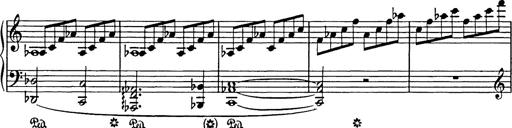
Title: In festo transfigurationis Domini nostri Jesu Christi
Composer: Franz Liszt